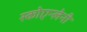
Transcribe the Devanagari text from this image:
स्कोएन्लेनी